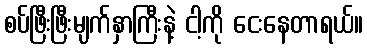
စပ်ဖြီးဖြီးမျက်နှာကြီးနဲ့ ငါ့ကို ငေးနေတာရယ်။